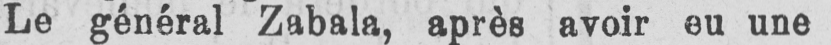
Le général Zabala, après avoir eu une